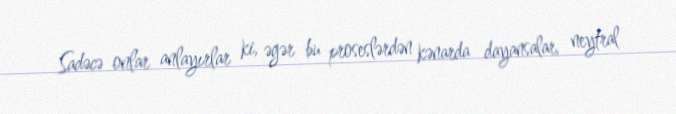
Sadəcə onlar anlayırlar ki, əgər bu proseslərdən kənarda dayansalar, neytral